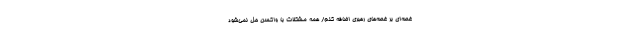
غصه‌ای بر غصه‌های رهبری اضافه کنم/ همه مشکلات با واکسن حل نمی‌شود